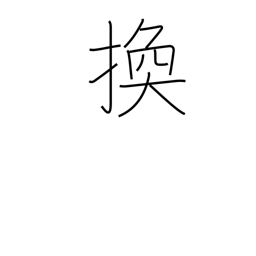
Meaning: interchange